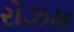
રોઝમ